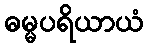
ဓမ္မပရိယာယံ